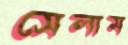
সেলাম